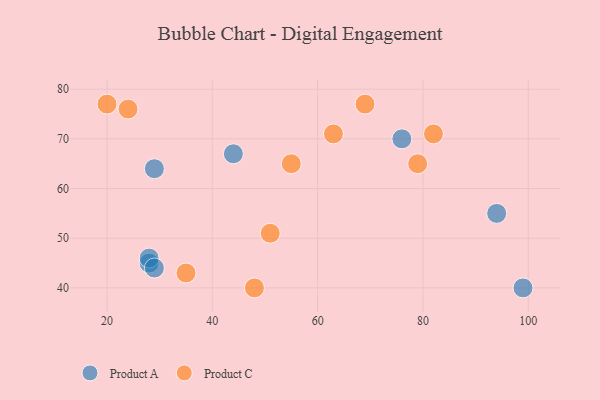
{"axis": {"x": "GDP", "y": "Life Expectancy"}, "legend": ["Product A", "Product C"], "data": [{"x": "29", "y": 64, "type": "Product A"}, {"x": "94", "y": 55, "type": "Product A"}, {"x": "28", "y": 45, "type": "Product A"}, {"x": "76", "y": 70, "type": "Product A"}, {"x": "44", "y": 67, "type": "Product A"}, {"x": "28", "y": 46, "type": "Product A"}, {"x": "29", "y": 44, "type": "Product A"}, {"x": "99", "y": 40, "type": "Product A"}, {"x": "55", "y": 65, "type": "Product C"}, {"x": "51", "y": 51, "type": "Product C"}, {"x": "35", "y": 43, "type": "Product C"}, {"x": "20", "y": 77, "type": "Product C"}, {"x": "79", "y": 65, "type": "Product C"}, {"x": "63", "y": 71, "type": "Product C"}, {"x": "24", "y": 76, "type": "Product C"}, {"x": "82", "y": 71, "type": "Product C"}, {"x": "48", "y": 40, "type": "Product C"}, {"x": "69", "y": 77, "type": "Product C"}]}